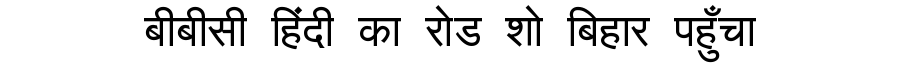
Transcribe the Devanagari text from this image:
बीबीसी हिंदी का रोड शो बिहार पहुँचा